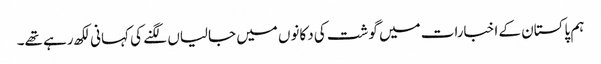
ہم پاکستان کے اخبارات میں گوشت کی دکانوں میں جالیاں لگنے کی کہانی لکھ رہے تھے۔